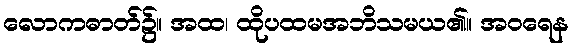
လောကဓာတ်၌။ အထ၊ ထိုပထမအဘိသမယ၏။ အဝရေန